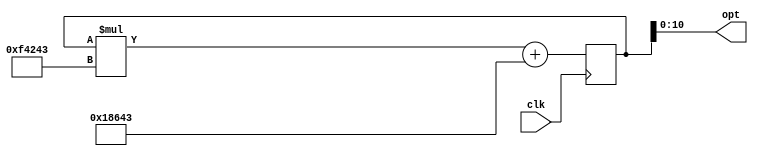
`timescale 1ns / 1ps

module rand(input clk, output [10:0] opt);
reg [24:0] state = 25'd19260817;
always @(posedge clk) begin
    state = state * 1000003;
    state = state + 99907;
end
assign opt = state[10:0];
endmodule